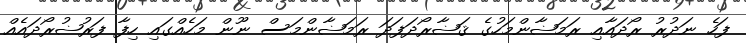
ފަހެ ނަދުރު ރޯދައާއި ރަމަޟާންމަހުގެ ޤަޟާރޯދަފަދަ ރަމަޟާންމަސް ނޫން މަހެއްގައި ހިފާ ފަރުޟުރޯދައެއް